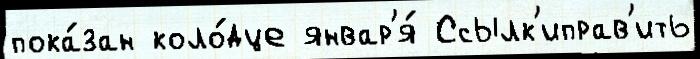
пока́зан коло́дце январ'я́ Ссылк'иправ'ить